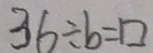
3 6 \div b = \square